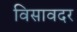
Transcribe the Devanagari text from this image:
विसावदर